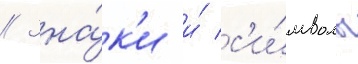
// Зна́к'и и́ с'и́мволы